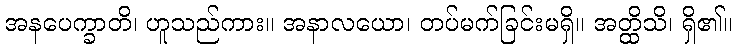
အနပေက္ခာတိ၊ ဟူသည်ကား။ အနာလယော၊ တပ်မက်ခြင်းမရှိ။ အတ္ထိသိ၊ ရှိ၏။